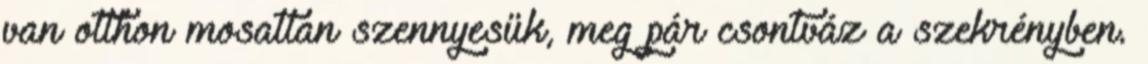
van otthon mosatlan szennyesük, meg pár csontváz a szekrényben.